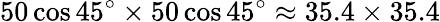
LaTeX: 50\cos 45^{\circ}\times 50\cos 45^{\circ}\approx 35.4\times 35.4